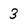
Character: 3